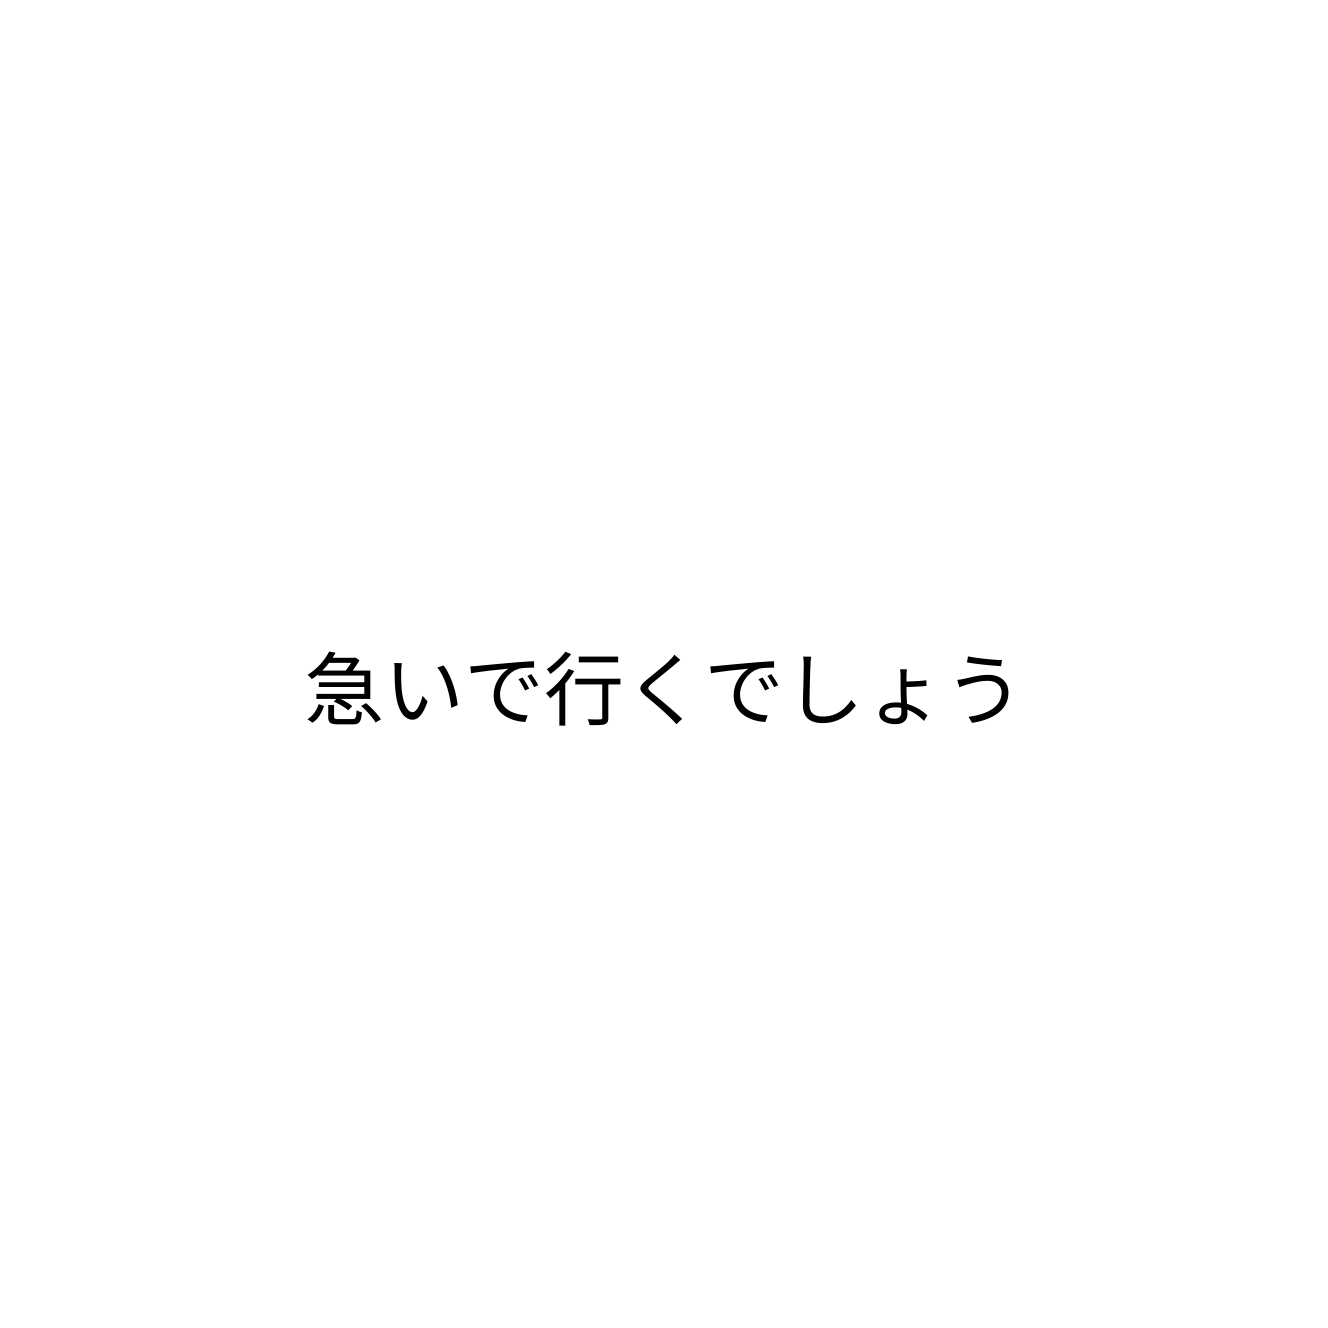
急いで行くでしょう